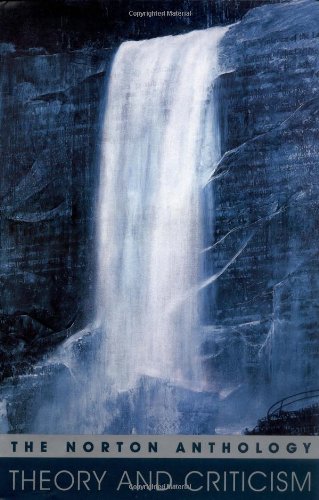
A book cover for The Norton Anthology of Theory and Criticism; Literature & Fiction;